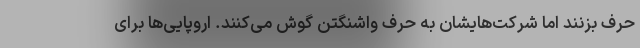
حرف بزنند اما شرکت‌هایشان به حرف واشنگتن گوش می‌کنند. اروپایی‌ها برای